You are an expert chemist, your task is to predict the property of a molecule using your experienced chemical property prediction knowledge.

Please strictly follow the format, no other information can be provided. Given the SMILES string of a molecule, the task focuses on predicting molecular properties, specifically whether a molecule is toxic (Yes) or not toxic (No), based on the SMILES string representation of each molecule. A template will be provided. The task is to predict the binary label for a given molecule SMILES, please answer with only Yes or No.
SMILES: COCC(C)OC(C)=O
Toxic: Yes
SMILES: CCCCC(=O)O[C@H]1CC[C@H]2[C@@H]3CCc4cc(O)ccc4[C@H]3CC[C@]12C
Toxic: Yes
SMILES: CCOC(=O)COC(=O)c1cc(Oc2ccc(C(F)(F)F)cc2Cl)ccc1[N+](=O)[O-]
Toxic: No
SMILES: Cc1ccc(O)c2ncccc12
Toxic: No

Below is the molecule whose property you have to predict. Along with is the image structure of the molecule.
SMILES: CS(=O)(=O)c1ccc([C@@H](C[C@H]2CCC(=O)C2)C(=O)Nc2cnccn2)cc1Cl
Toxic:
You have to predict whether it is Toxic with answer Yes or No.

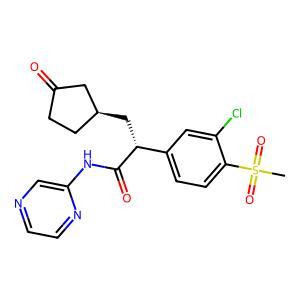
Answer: No